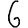
Digit: 6